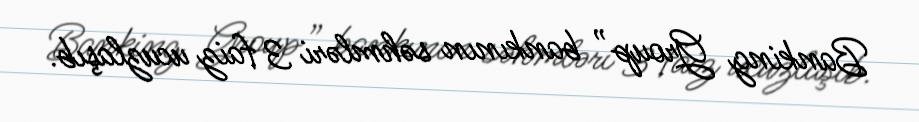
Banking Group” bankının səhmləri 3 faiz ucuzlaşıb.